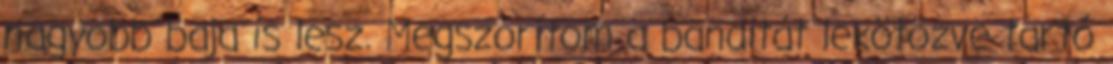
nagyobb baja is lesz. Megszorítom a banditát lekötözve tartó